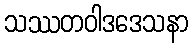
သဿတဝါဒဒေသနာ